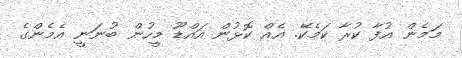
މަމެން އުފާ ކުރާ ކަމެކޭ. އެއް ކޮޅުން އައްޑޫ މީހުން ބުނަނީ އެމެންގެ